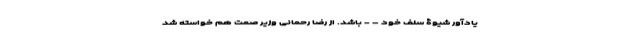
یادآور شیوۀ سَلَف خود – - باشد. از رضا رحمانی وزیر صمت هم خواسته شد